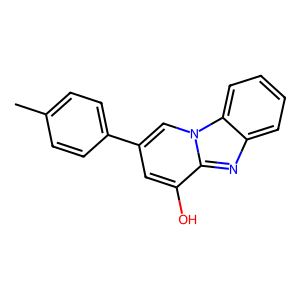
SMILES: Cc1ccc(-c2cc(O)c3nc4ccccc4n3c2)cc1
Inhibits HIV replication: No